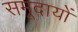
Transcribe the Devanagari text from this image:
समूदायों